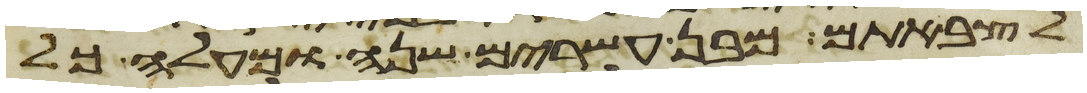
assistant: לצבאתם מבן עשרים שנה ומעלה כל